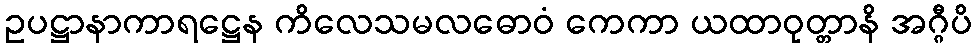
ဥပဋ္ဌာနာကာရဋ္ဌေန ကိလေသမလဓောဝံ ကေကာ ယထာဝုတ္တာနိ အဂ္ဂီပိ